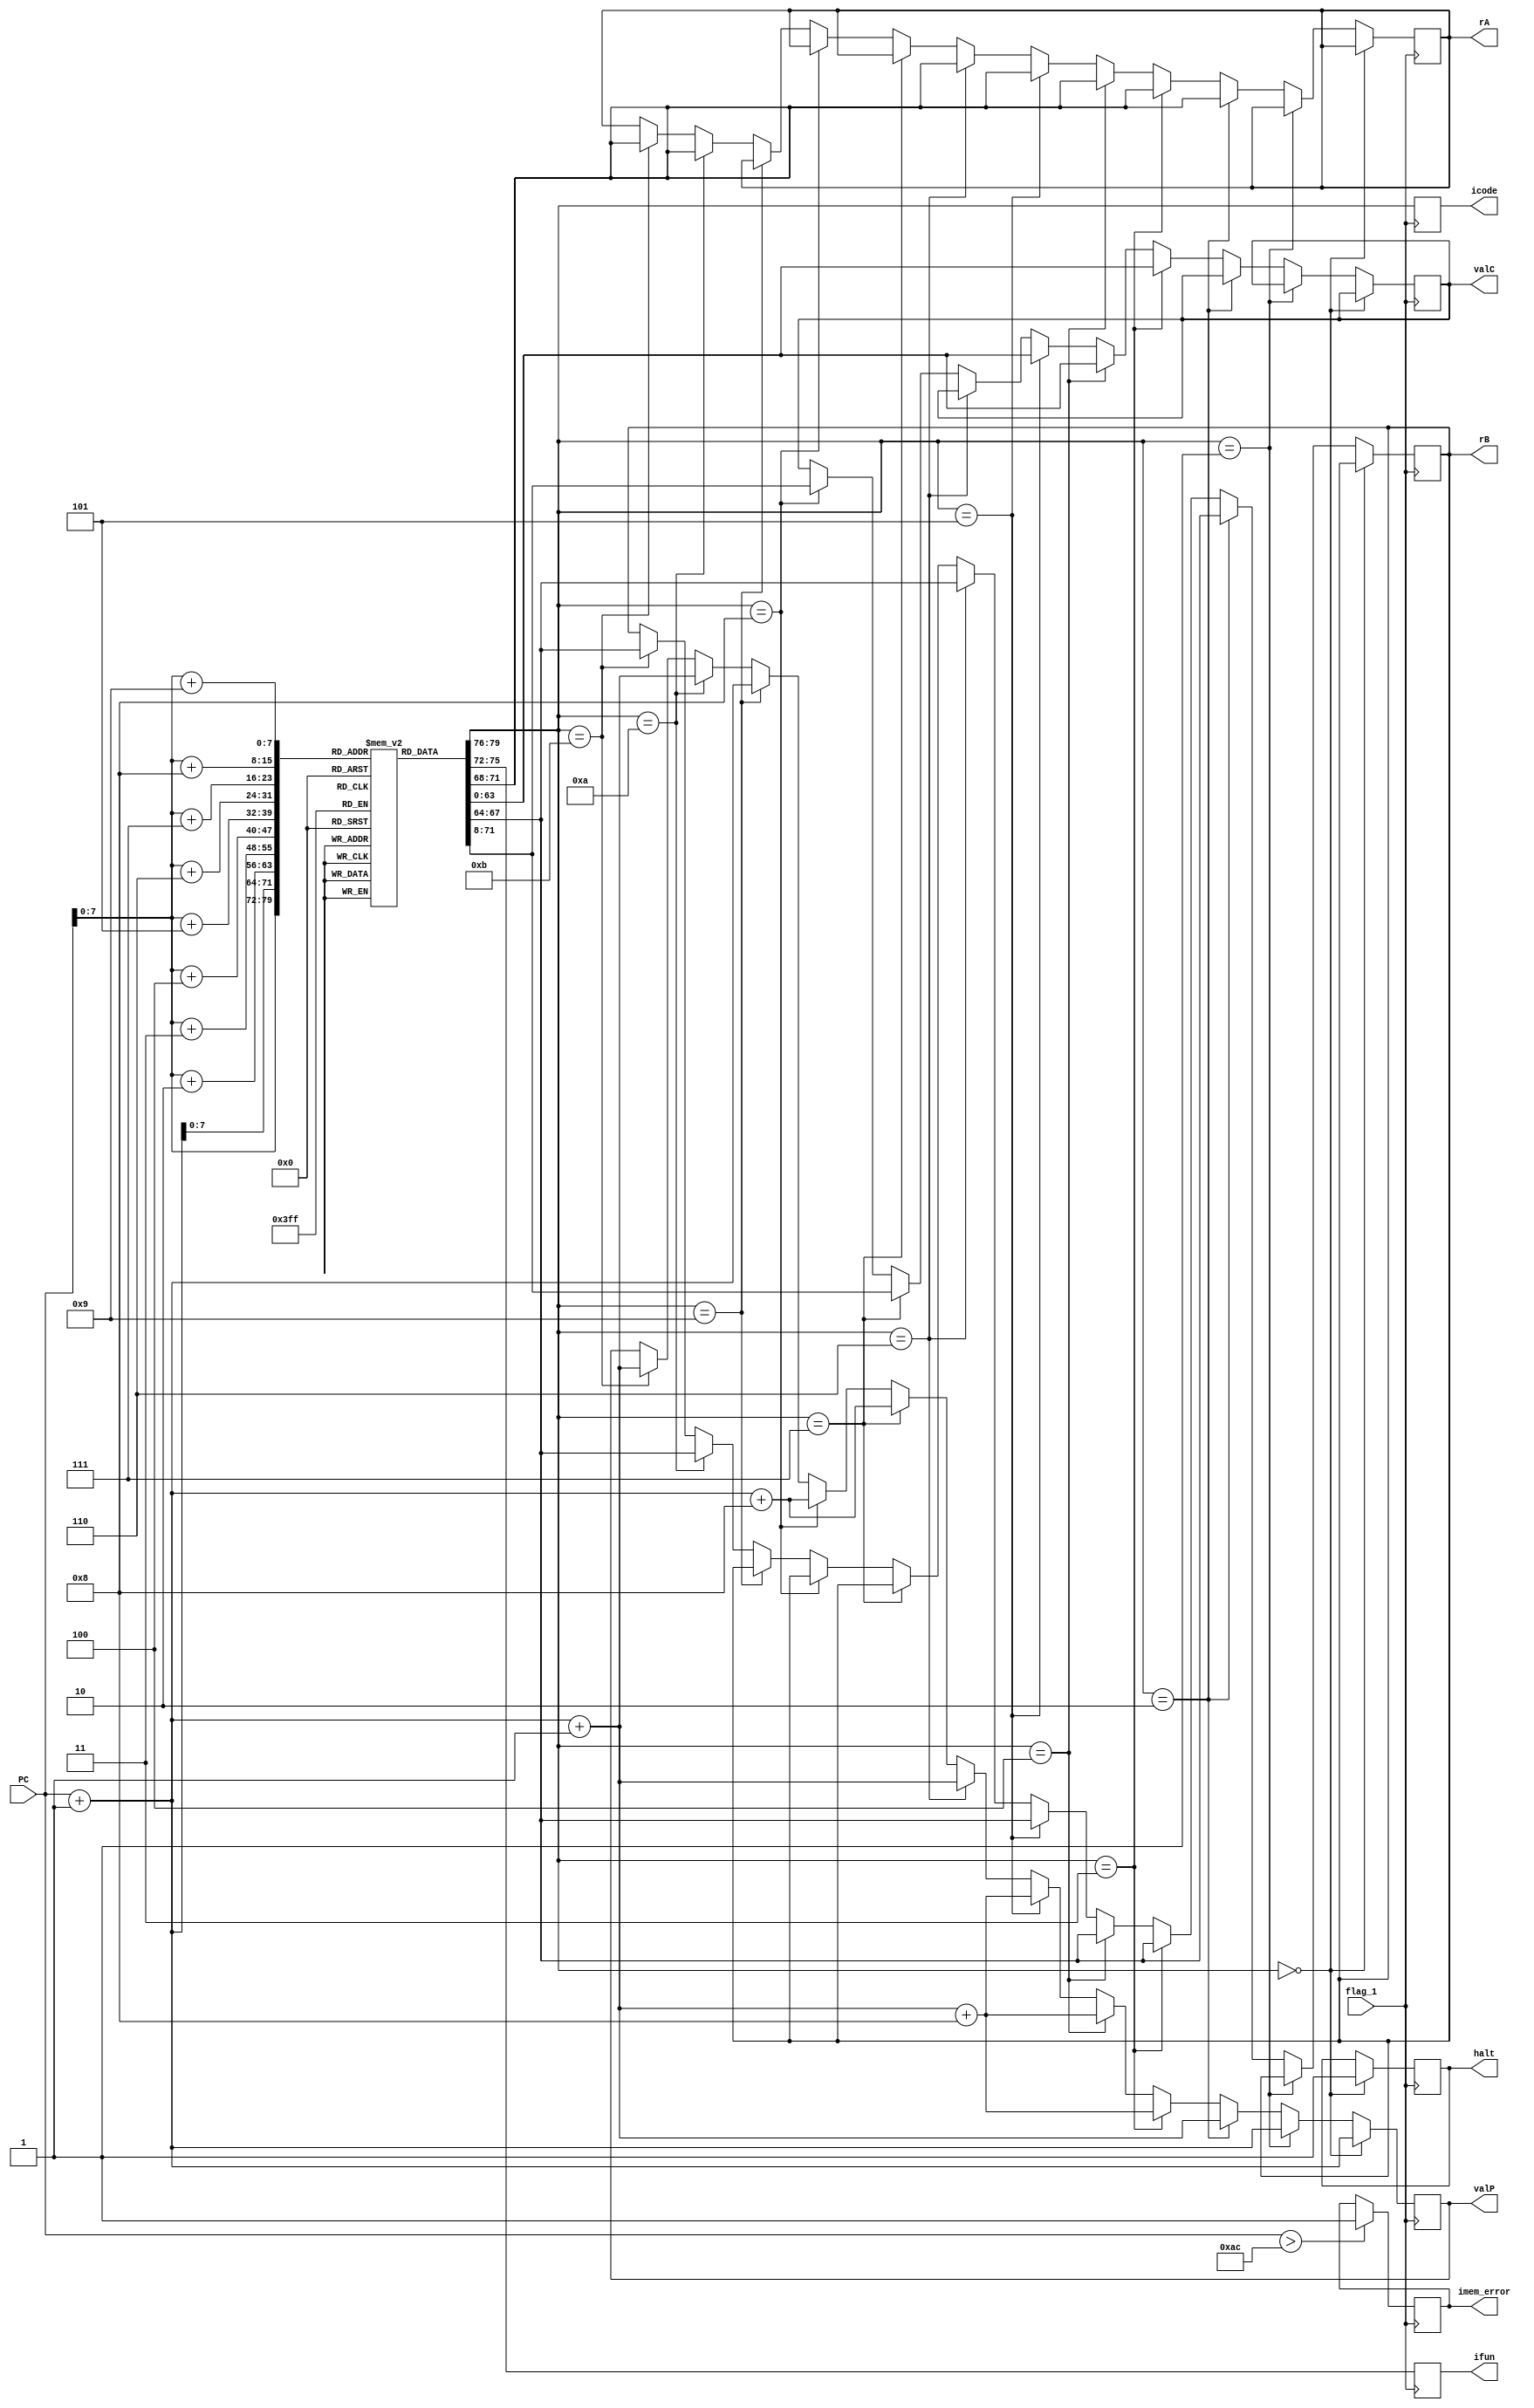
module fetch(icode,ifun,rA,rB,valC,valP,imem_error,flag_1,PC,halt);

    input flag_1;                             
    input [63:0] PC;                        
    reg [0:79] instr;                     
    output reg [3:0] icode, ifun;           
    output reg [3:0] rA, rB;               
    output reg [63:0] valC;                 
    output reg [63:0] valP;                 
    output reg imem_error=0,halt=0; 

     
  reg [7:0] instruction [0:172];
  initial begin

    instruction[1] = 8'b00110000; 
    instruction[2] = 8'b11110010; 
    instruction[3] = 8'b00000000; 
    instruction[4] = 8'b00000000; 
    instruction[5] = 8'b00000000; 
    instruction[6] = 8'b00000000; 
    instruction[7] = 8'b00000000; 
    instruction[8] = 8'b00000000; 
    instruction[9] = 8'b00000000; 
    instruction[10] = 8'b00000100; 

    instruction[11]  = 8'b00110000; 
    instruction[12]  = 8'b11110011; 
    instruction[13]  = 8'b00000000; 
    instruction[14]  = 8'b00000000; 
    instruction[15]  = 8'b00000000; 
    instruction[16]  = 8'b00000000; 
    instruction[17]  = 8'b00000000; 
    instruction[18] = 8'b00000000; 
    instruction[19] = 8'b00000000; 
    instruction[20] = 8'b00000001; 

    instruction[21]  = 8'b00110000; 
    instruction[22]  = 8'b11110001; 
    instruction[23]  = 8'b00000000; 
    instruction[24]  = 8'b00000000; 
    instruction[25]  = 8'b00000000; 
    instruction[26]  = 8'b00000000; 
    instruction[27]  = 8'b00000000; 
    instruction[28] = 8'b00000000; 
    instruction[29] = 8'b00000000; 
    instruction[30] = 8'b00000011;

    instruction[31]  = 8'b00110000; 
    instruction[32]  = 8'b11110000; 
    instruction[33]  = 8'b00000000; 
    instruction[34]  = 8'b00000000; 
    instruction[35]  = 8'b00000000; 
    instruction[36]  = 8'b00000000; 
    instruction[37]  = 8'b00000000; 
    instruction[38] = 8'b00000000; 
    instruction[39] = 8'b00000000; 
    instruction[40] = 8'b00000111;

    instruction[41]  = 8'b00110000; 
    instruction[42]  = 8'b00000100; 
    instruction[43]  = 8'b00000000; 
    instruction[44]  = 8'b00000000; 
    instruction[45]  = 8'b00000000; 
    instruction[46]  = 8'b00000000; 
    instruction[47]  = 8'b00000000; 
    instruction[48] = 8'b00000000; 
    instruction[49] = 8'b00000000; 
    instruction[50] = 8'b00010000; 

    instruction[51]  = 8'b10000000; 
    instruction[52]  = 8'b00000000; 
    instruction[53]  = 8'b00000000; 
    instruction[54]  = 8'b00000000; 
    instruction[55]  = 8'b00000000; 
    instruction[56]  = 8'b00000000; 
    instruction[57]  = 8'b00000000; 
    instruction[58] = 8'b00000000; 
    instruction[59] = 8'b01011010; 
    
    instruction[60]  = 8'b00010000;
    
    instruction[61] = 8'b01000000; 
    instruction[62] = 8'b00010011; 
    instruction[63] = 8'b00000000; 
    instruction[64] = 8'b00000000; 
    instruction[65] = 8'b00000000; 
    instruction[66] = 8'b00000000; 
    instruction[67] = 8'b00000000; 
    instruction[68] = 8'b00000000; 
    instruction[69] = 8'b00000000; 
    instruction[70] = 8'b00000010;  

    instruction[71] = 8'b01010000; 
    instruction[72] = 8'b01110011; 
    instruction[73] = 8'b00000000;  
    instruction[74] = 8'b00000000; 
    instruction[75] = 8'b00000000; 
    instruction[76] = 8'b00000000; 
    instruction[77] = 8'b00000000; 
    instruction[78] = 8'b00000000; 
    instruction[79] = 8'b00000000; 
    instruction[80] = 8'b00000010; 

    instruction[81] = 8'b01110000; 
    instruction[82] = 8'b00000000; 
    instruction[83] = 8'b00000000; 
    instruction[84] = 8'b00000000; 
    instruction[85] = 8'b00000000; 
    instruction[86] = 8'b00000000; 
    instruction[87] = 8'b00000000; 
    instruction[88] = 8'b00000000; 
    instruction[89] = 8'b01100011;
 

    instruction[90] = 8'b01100000; 
    instruction[91] = 8'b00000001; 

    instruction[92] = 8'b01100001; 
    instruction[93] = 8'b00100011;

    instruction[94] = 8'b01100010; 
    instruction[95] = 8'b00000001;

    instruction[96] = 8'b01100011; 
    instruction[97] = 8'b00000000;

    instruction[98] = 8'b10010000; 

    instruction[99] = 8'b10100000; 
    instruction[100] = 8'b00101111; 

    instruction[101] = 8'b10110000; 
    instruction[102] = 8'b00111111; 

    instruction[103] = 8'b00000000;

     

end
  
  always@(PC) begin
    
    instr={
      instruction[PC],
      instruction[PC+1],
      instruction[PC+2],
      instruction[PC+3],
      instruction[PC+4],
      instruction[PC+5],
      instruction[PC+6],
      instruction[PC+7],
      instruction[PC+8],
      instruction[PC+9]
    };
  end
   
   
    always@(posedge flag_1)
    begin 
        
        if(PC>172)
        begin
            imem_error=1;
        end
        
        icode = instr[0:3];
        ifun = instr[4:7];
        
        
        if(icode==4'b0000) // halt
        begin
        valP=PC+64'd1; 
        halt=1;
        
        end

        else if(icode==4'b0001) // nop
        begin
        valP=PC+64'd1; 
        
        end
                     
        else if(icode==4'b0010) // cmovq
        begin

        valP=PC+1; 
        rA = instr[8:11];
        rB = instr[12:15];
        valP=valP+64'd1; 
        
        end
        
        else if(icode==4'b0011) // irmovq
        begin

        valP=PC+1; 
        rA = instr[8:11];
        rB = instr[12:15];
        valP=valP+1;
        valC = instr[16:79];
        valP=valP+64'd8;
        
         
        end

       else if(icode==4'b0100) // rmmovq
        begin

        valP=PC+1; 
        rA = instr[8:11];
        rB = instr[12:15];
        valP=valP+1;
        valC = instr[16:79];
        valP=valP+64'd8;
        
         
        end

        else if(icode==4'b0101) // mrmovq
        begin

        valP=PC+1; 
        rA = instr[8:11];
        rB = instr[12:15];
        valP=valP+1;
        valC = instr[16:79];
        valP=valP+64'd8;
        
         
        end


        else if(icode==4'b0110) // OPq
        begin

        valP=PC+1; 
        rA = instr[8:11];
        rB = instr[12:15];
        valP=valP+64'd1; 
        
         
        end
        
        else if(icode==4'b0111)     //jxx
        begin   

            valP=PC+1;               
            valC=instr[8:71];
            valP=valP+64'd8;
            

        end


        else if(icode==4'b1000)     //call
        begin   

            valP=PC+1;               
            valC=instr[8:71];
            valP=valP+64'd8;
            

        end

        else if(icode==4'b1001)   //ret  
        begin 
                                 
            valP=PC+64'd1;
            

        end

        else if(icode==4'b1010) // pushq
        begin

        valP=PC+1; 
        rA = instr[8:11];
        rB = instr[12:15];
        valP=valP+64'd1;  
        

        end

        else if(icode==4'b1011) // popq
        begin

        valP=PC+1; 
        rA = instr[8:11];
        rB = instr[12:15];
        valP=valP+64'd1; 
        

        end
    
    end

endmodule